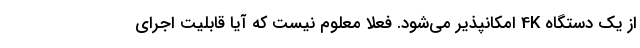
از یک دستگاه 4K امکانپذیر می‌شود. فعلا معلوم نیست که آیا قابلیت اجرای